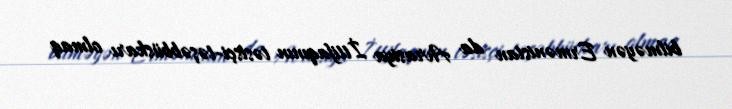
bilməyən Ermənistan da Avrasiya İttifaqının təsisçi-təşəbbüskarı olmaq